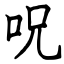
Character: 呪